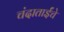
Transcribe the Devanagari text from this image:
चंदाताईंचे